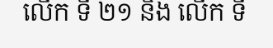
លើក ទី ២១ និង លើក ទី